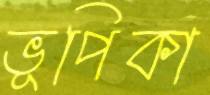
ভূপিকা